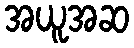
အယူအဆ